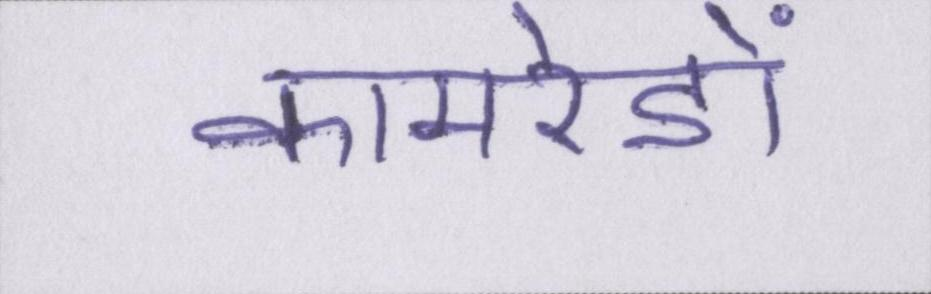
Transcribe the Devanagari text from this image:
कामरेडों